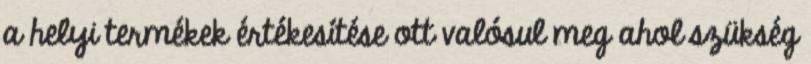
a helyi termékek értékesítése ott valósul meg ahol szükség